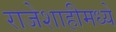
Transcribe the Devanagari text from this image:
राजेशाहीमध्ये